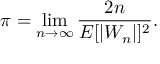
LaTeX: \pi = \operatorname* { l i m } _ { n \to \infty } { \frac { 2 n } { E [ | W _ { n } | ] ^ { 2 } } } .